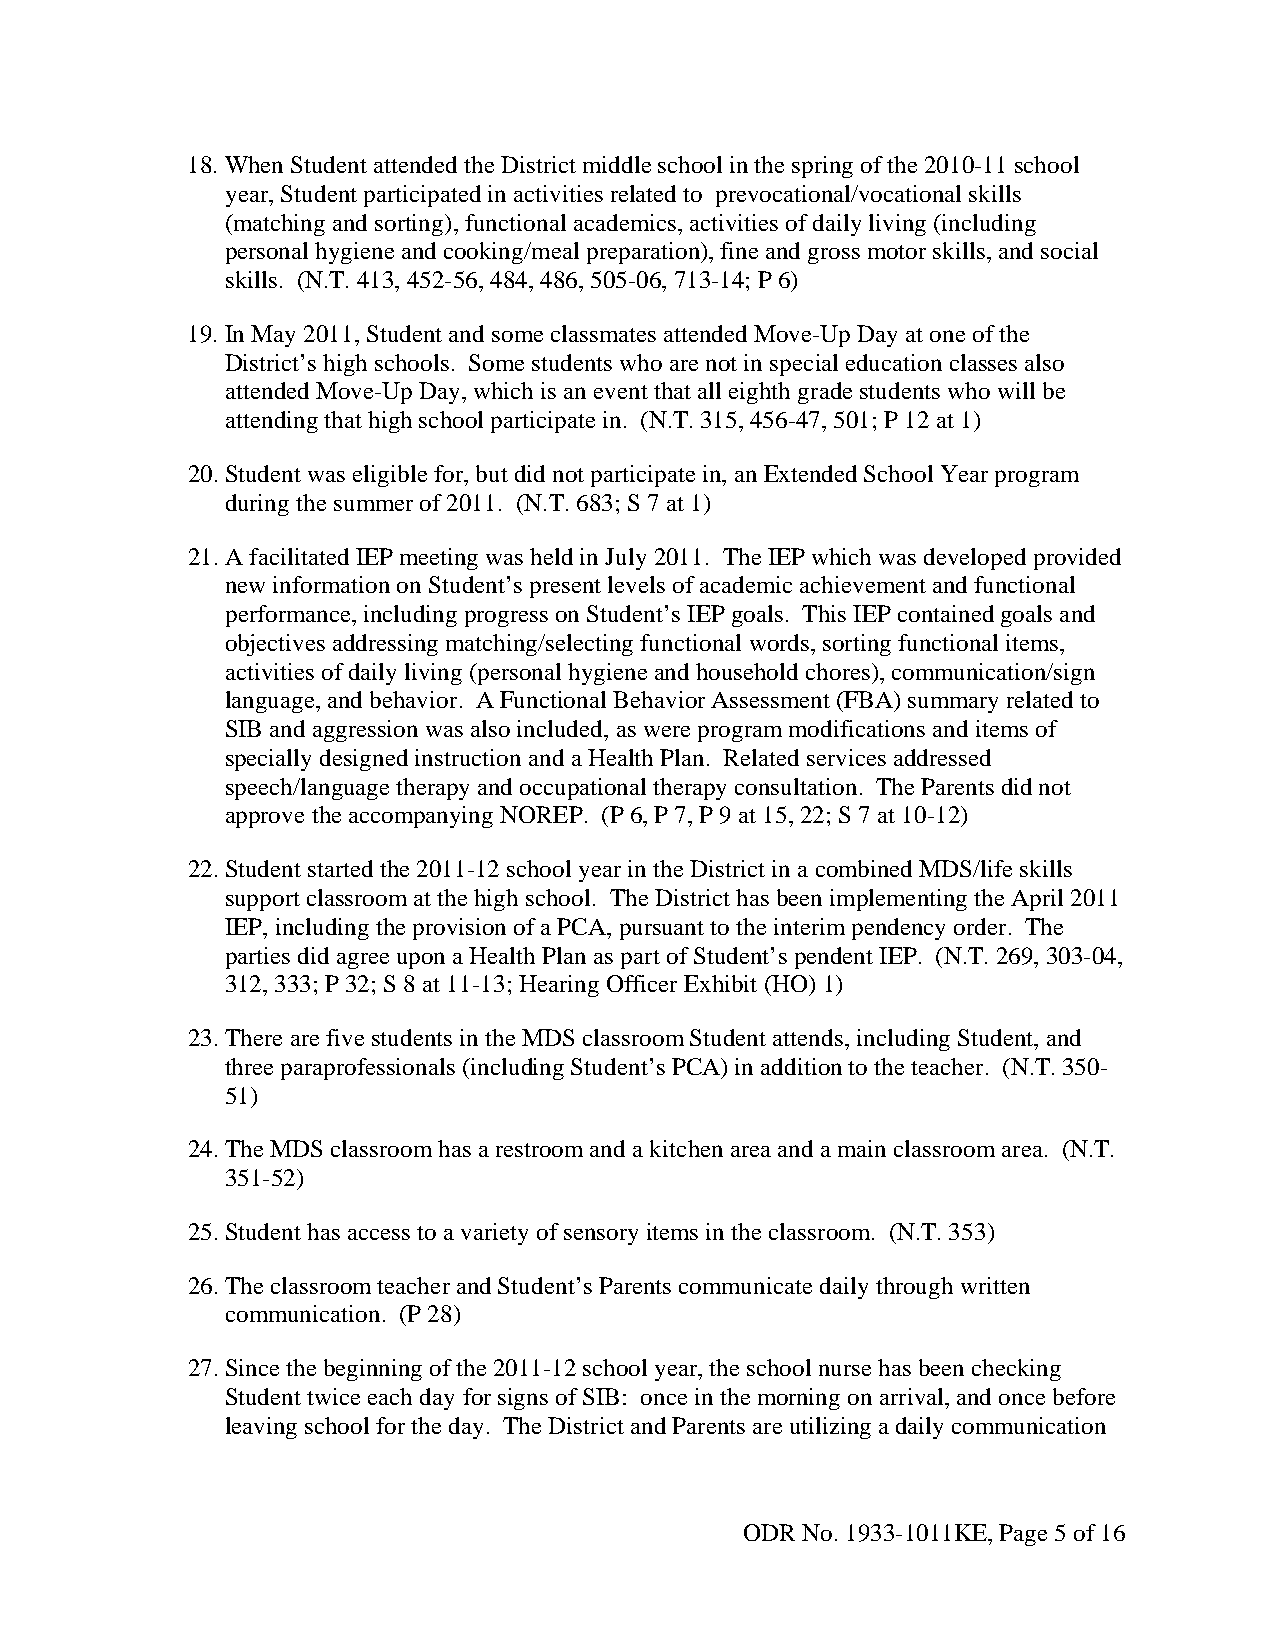
18. When Student attended the District middle school in the spring of the 2010-11 school
 year, Student participated in activities related to prevocational/vocational skills
 (matching and sorting), functional academics, activities of daily living (including
 personal hygiene and cooking/meal preparation), fine and gross motor skills, and social
 skills. (N.T. 413, 452-56, 484, 486, 505-06, 713-14; P 6)
 19. In May 2011, Student and some classmates attended Move-Up Day at one of the
 District’s high schools. Some students who are not in special education classes also
 attended Move-Up Day, which is an event that all eighth grade students who will be
 attending that high school participate in. (N.T. 315, 456-47, 501; P 12 at 1)
 20. Student was eligible for, but did not participate in, an Extended School Year program
 during the summer of 2011. (N.T. 683; S 7 at 1)
 21. A facilitated IEP meeting was held in July 2011. The IEP which was developed provided
 new information on Student’s present levels of academic achievement and functional
 performance, including progress on Student’s IEP goals. This IEP contained goals and
 objectives addressing matching/selecting functional words, sorting functional items,
 activities of daily living (personal hygiene and household chores), communication/sign
 language, and behavior. A Functional Behavior Assessment (FBA) summary related to
 SIB and aggression was also included, as were program modifications and items of
 specially designed instruction and a Health Plan. Related services addressed
 speech/language therapy and occupational therapy consultation. The Parents did not
 approve the accompanying NOREP. (P 6, P 7, P 9 at 15, 22; S 7 at 10-12)
 22. Student started the 2011-12 school year in the District in a combined MDS/life skills
 support classroom at the high school. The District has been implementing the April 2011
 IEP, including the provision of a PCA, pursuant to the interim pendency order. The
 parties did agree upon a Health Plan as part of Student’s pendent IEP. (N.T. 269, 303-04,
 312, 333; P 32; S 8 at 11-13; Hearing Officer Exhibit (HO) 1)
 23. There are five students in the MDS classroom Student attends, including Student, and
 three paraprofessionals (including Student’s PCA) in addition to the teacher. (N.T. 350-
 51)
 24. The MDS classroom has a restroom and a kitchen area and a main classroom area. (N.T.
 351-52)
 25. Student has access to a variety of sensory items in the classroom. (N.T. 353)
 26. The classroom teacher and Student’s Parents communicate daily through written
 communication. (P 28)
 27. Since the beginning of the 2011-12 school year, the school nurse has been checking
 Student twice each day for signs of SIB: once in the morning on arrival, and once before
 leaving school for the day. The District and Parents are utilizing a daily communication
 ODR No. 1933-1011KE, Page 5 of 16